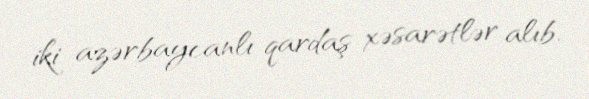
iki azərbaycanlı qardaş xəsarətlər alıb.